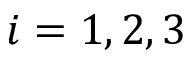
i = { 1 , 2 , 3 }